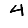
Digit: 4